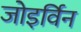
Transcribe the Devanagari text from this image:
जोइर्विन